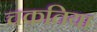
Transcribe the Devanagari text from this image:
चकतिया